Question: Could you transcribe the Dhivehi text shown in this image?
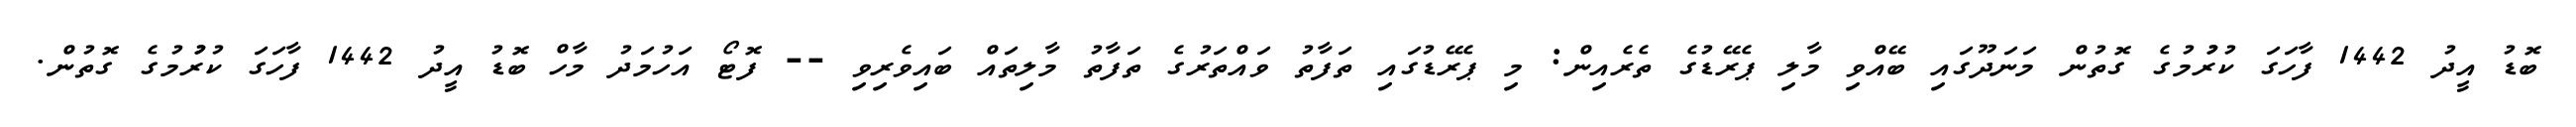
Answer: ބޮޑު އީދު 1442 ފާހަގަ ކުރުުމުގެ ގޮތުން މަނަދޫގައި ބޭއްވި މާލި ޕެރޭޑުގެ ތެރެއިން: މި ޕެރޭޑުގައި ތަފާތު ވައްތަރުގެ ތަފާތު މާލިތައް ބައިވެރިވި -- ފޮޓޯ އަހުމަދު މާހް ބޮޑު އީދު 1442 ފާހަގަ ކުރުުމުގެ ގޮތުން.